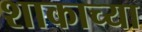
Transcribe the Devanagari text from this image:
शाकाच्या